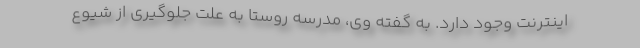
اینترنت وجود دارد. به گفته وی، مدرسه روستا به علت جلوگیری از شیوع